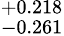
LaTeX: ^{+0.218}_{-0.261}